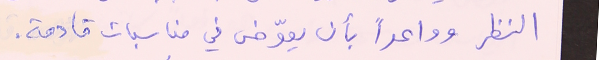
النظر وواعداً بأن يعوّض في مناسبات قادمة.